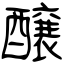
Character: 醸